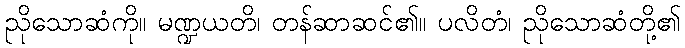
ညိုသောဆံကို။ မဏ္ဍယတိ၊ တန်ဆာဆင်၏။ ပလိတံ၊ ညိုသောဆံတို့၏